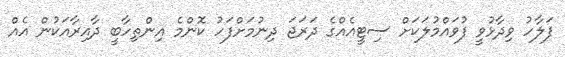
ފަލާހު ވިދާޅުވީ ފުވައްމުލަކަށް ސިޓީއެއްގެ ދަރަޖަ ދިނުމަށްފަހު ކޮންމެ އިންތިހާބީ ދާއިރާއަކުން އެއް